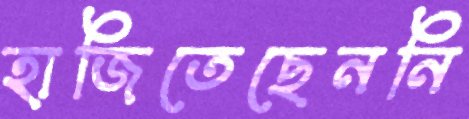
হাজিতেছেননি